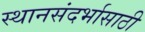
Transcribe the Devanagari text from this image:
स्थानसंदर्भासाठी